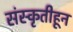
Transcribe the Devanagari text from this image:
संस्कृतीहून